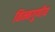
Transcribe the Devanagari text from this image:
निम्नगुणीय